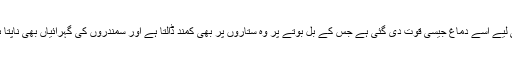
اسی لیے اسے دماغ جیسی قوت دی گئی ہے جس کے بل بوتے پر وہ ستاروں پر بھی کمند ڈالتا ہے اور سمندروں کی گہرائیاں بھی ناپتا ہے۔